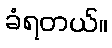
ခံရတယ်။